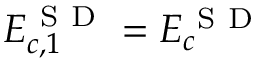
E _ { c , 1 } ^ { \mathrm { ~ S ~ D ~ } } = E _ { c } ^ { \mathrm { ~ S ~ D ~ } }